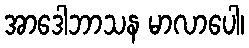
အာဒေါဘာသန မာလာပေါ၊